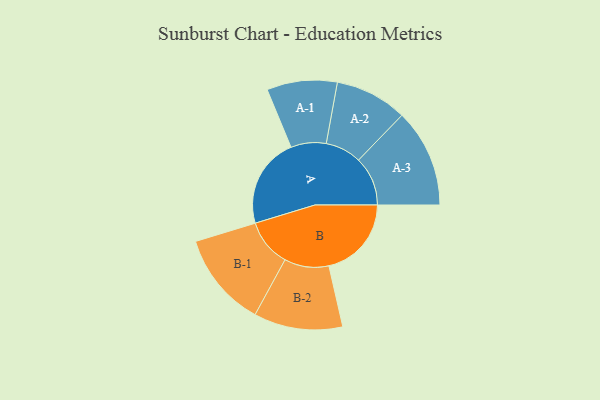
{"axis": {"x": "Segment", "y": "Value"}, "legend": ["", "A", "B"], "data": [{"x": "A", "y": 498, "type": ""}, {"x": "B", "y": 455, "type": ""}, {"x": "A-1", "y": 194, "type": "A"}, {"x": "A-2", "y": 199, "type": "A"}, {"x": "A-3", "y": 271, "type": "A"}, {"x": "B-1", "y": 262, "type": "B"}, {"x": "B-2", "y": 245, "type": "B"}]}